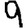
Digit: 9